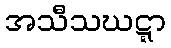
အသီသဃဋ္ဋာ